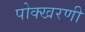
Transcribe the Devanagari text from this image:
पोक्खरणी